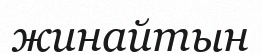
жинайтын